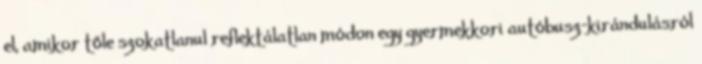
el, amikor tőle szokatlanul reflektálatlan módon egy gyermekkori autóbusz-kirándulásról